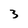
Character: 3